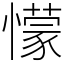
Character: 懞